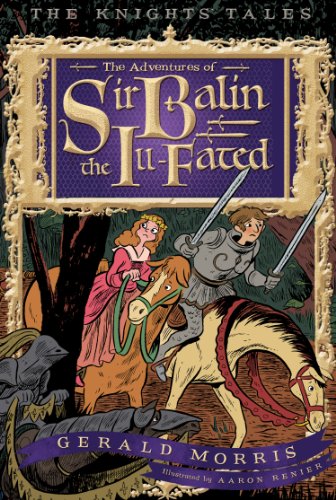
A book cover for The Adventures of Sir Balin the Ill-Fated (The KnightsEE Tales Series); Gerald Morris; Children's Books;